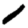
Digit: 1